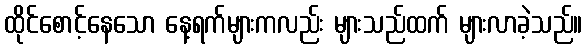
ထိုင်စောင့်နေသော နေ့ရက်များကလည်း များသည်ထက် များလာခဲ့သည်။